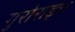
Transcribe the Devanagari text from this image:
गुरोराज्ञा